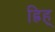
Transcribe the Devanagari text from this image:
ह्रिह्